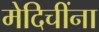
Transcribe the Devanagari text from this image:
मेदिचींना